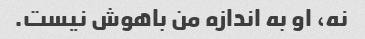
نه، او به اندازه من باهوش نیست.